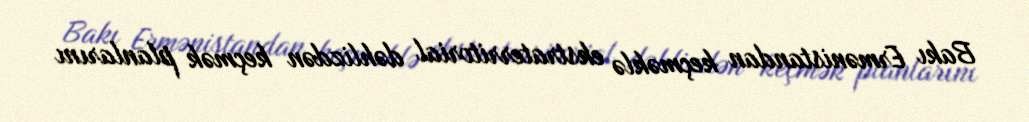
Bakı Ermənistandan keçməklə ekstraterritorial dəhlizdən keçmək planlarını